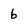
Character: b